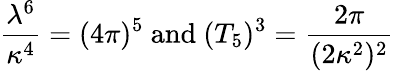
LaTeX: \frac{\lambda^{6}}{\kappa^{4}}=(4\pi)^{5}\mathrm{~and~}(T_{5})^{3}=\frac{2\pi}{(2\kappa^{2})^{2}}